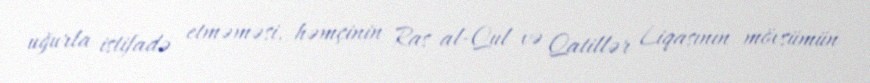
uğurla istifadə etməməsi, həmçinin Ras al-Qul və Qatillər Liqasının mövsümün